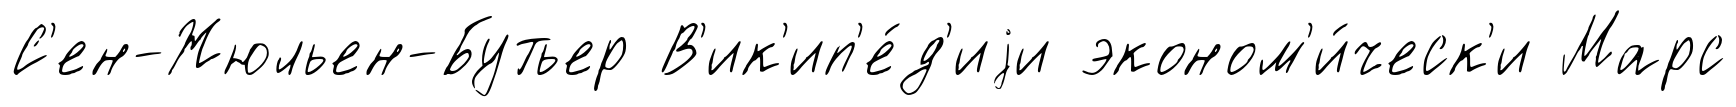
С'ен-Жюльен-Бутьер В'ик'ип'е́д'иjи эконом'и́ческ'и Марс